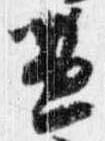
兼